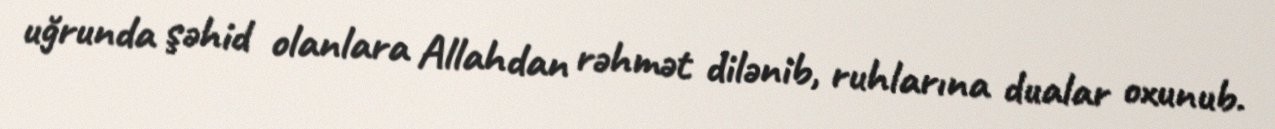
uğrunda şəhid olanlara Allahdan rəhmət dilənib, ruhlarına dualar oxunub.